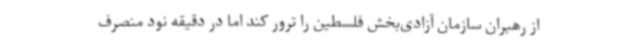
از رهبران سازمان آزادی‌بخش فلسطین را ترور کند اما در دقیقه نود منصرف